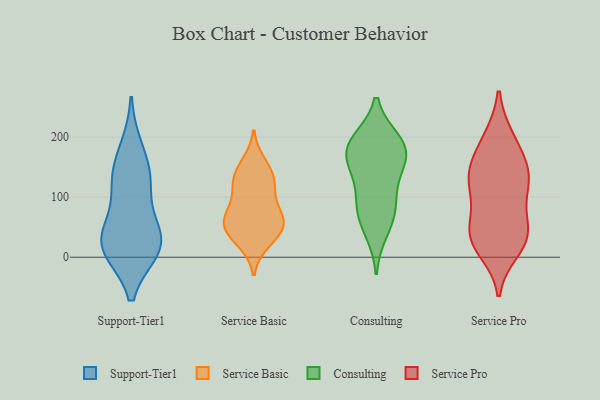
{"axis": {"x": "Churn Rate (%)", "y": "Value"}, "legend": ["Consulting", "Service Basic", "Service Pro", "Support-Tier1"], "data": [{"x": "", "y": 182, "type": "Support-Tier1"}, {"x": "", "y": 128, "type": "Support-Tier1"}, {"x": "", "y": 141, "type": "Support-Tier1"}, {"x": "", "y": 23, "type": "Support-Tier1"}, {"x": "", "y": 13, "type": "Support-Tier1"}, {"x": "", "y": 117, "type": "Support-Tier1"}, {"x": "", "y": 15, "type": "Support-Tier1"}, {"x": "", "y": 13, "type": "Support-Tier1"}, {"x": "", "y": 36, "type": "Support-Tier1"}, {"x": "", "y": 52, "type": "Support-Tier1"}, {"x": "", "y": 54, "type": "Service Basic"}, {"x": "", "y": 66, "type": "Service Basic"}, {"x": "", "y": 111, "type": "Service Basic"}, {"x": "", "y": 84, "type": "Service Basic"}, {"x": "", "y": 129, "type": "Service Basic"}, {"x": "", "y": 63, "type": "Service Basic"}, {"x": "", "y": 54, "type": "Service Basic"}, {"x": "", "y": 52, "type": "Service Basic"}, {"x": "", "y": 142, "type": "Service Basic"}, {"x": "", "y": 156, "type": "Service Basic"}, {"x": "", "y": 25, "type": "Service Basic"}, {"x": "", "y": 33, "type": "Service Basic"}, {"x": "", "y": 122, "type": "Service Basic"}, {"x": "", "y": 194, "type": "Consulting"}, {"x": "", "y": 160, "type": "Consulting"}, {"x": "", "y": 159, "type": "Consulting"}, {"x": "", "y": 185, "type": "Consulting"}, {"x": "", "y": 178, "type": "Consulting"}, {"x": "", "y": 43, "type": "Consulting"}, {"x": "", "y": 134, "type": "Consulting"}, {"x": "", "y": 79, "type": "Consulting"}, {"x": "", "y": 97, "type": "Consulting"}, {"x": "", "y": 193, "type": "Consulting"}, {"x": "", "y": 73, "type": "Consulting"}, {"x": "", "y": 31, "type": "Service Pro"}, {"x": "", "y": 27, "type": "Service Pro"}, {"x": "", "y": 144, "type": "Service Pro"}, {"x": "", "y": 41, "type": "Service Pro"}, {"x": "", "y": 199, "type": "Service Pro"}, {"x": "", "y": 119, "type": "Service Pro"}, {"x": "", "y": 157, "type": "Service Pro"}, {"x": "", "y": 157, "type": "Service Pro"}, {"x": "", "y": 199, "type": "Service Pro"}, {"x": "", "y": 121, "type": "Service Pro"}, {"x": "", "y": 12, "type": "Service Pro"}, {"x": "", "y": 28, "type": "Service Pro"}, {"x": "", "y": 108, "type": "Service Pro"}, {"x": "", "y": 130, "type": "Service Pro"}, {"x": "", "y": 59, "type": "Service Pro"}, {"x": "", "y": 58, "type": "Service Pro"}]}